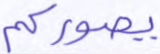
يصوركم